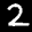
Label: 2